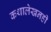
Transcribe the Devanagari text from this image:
कथालेखनही